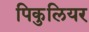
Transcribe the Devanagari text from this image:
पिकुलियर